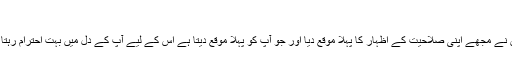
‘
'کرن نے مجھے اپنی صلاحیت کے اظہار کا پہلا موقع دیا اور جو آپ کو پہلا موقع دیتا ہے اس کے لیے آپ کے دل میں بہت احترام رہتا ہے۔